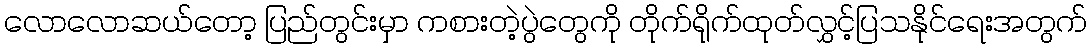
လောလောဆယ်တော့ ပြည်တွင်းမှာ ကစားတဲ့ပွဲတွေကို တိုက်ရိုက်ထုတ်လွှင့်ပြသနိုင်ရေးအတွက်